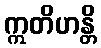
ဣတိဟန္တိ